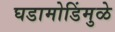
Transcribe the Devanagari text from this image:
घडामोडिंमुळे